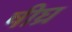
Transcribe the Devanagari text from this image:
षीघ्र